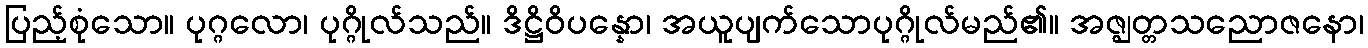
ပြည့်စုံသော။ ပုဂ္ဂလော၊ ပုဂ္ဂိုလ်သည်။ ဒိဋ္ဌိဝိပန္နော၊ အယူပျက်သောပုဂ္ဂိုလ်မည်၏။ အဇ္ဈတ္တသညောဇနော၊